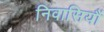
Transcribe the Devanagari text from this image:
निवासियौं